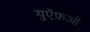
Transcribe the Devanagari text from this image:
युऍफ़ओ